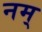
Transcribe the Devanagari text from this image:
नम्‌